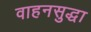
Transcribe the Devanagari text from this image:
वाहनसुद्धा